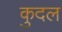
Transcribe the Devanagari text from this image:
कुदल